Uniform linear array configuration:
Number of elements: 12
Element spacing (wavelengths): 0.25
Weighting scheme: blackman
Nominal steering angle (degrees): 0
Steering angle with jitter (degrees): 0.5802
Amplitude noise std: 0.05
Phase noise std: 0.05

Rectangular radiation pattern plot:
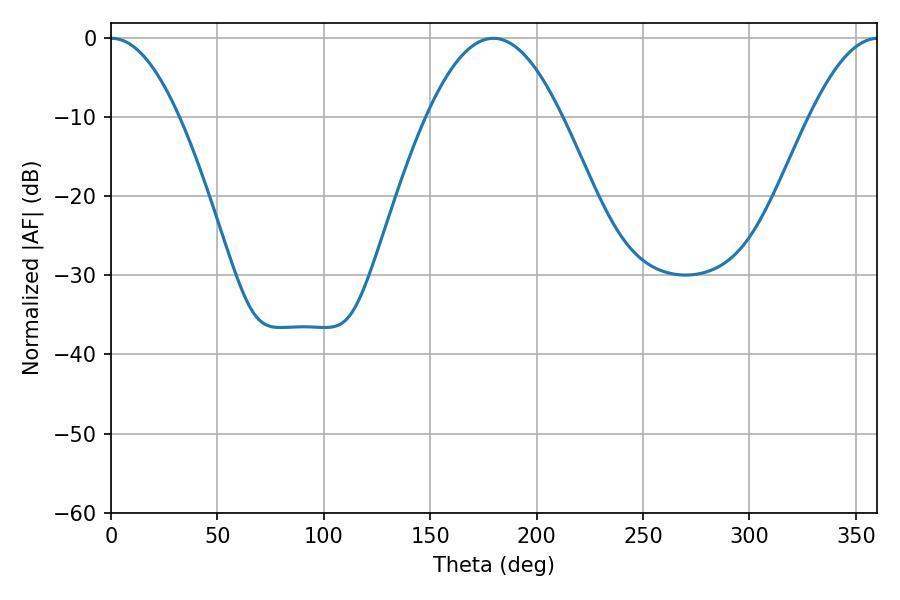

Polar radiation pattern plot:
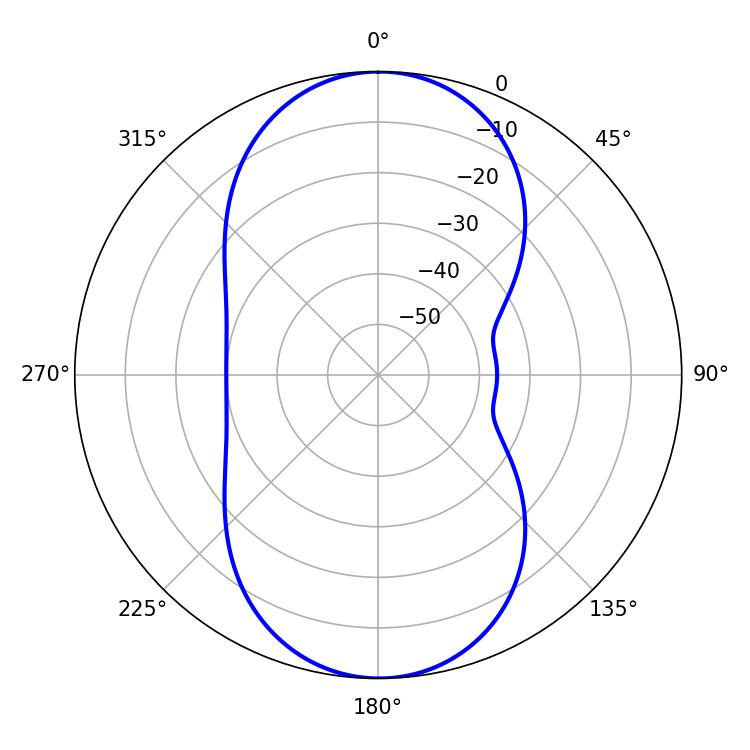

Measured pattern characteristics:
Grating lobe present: FALSE
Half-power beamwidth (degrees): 17.64
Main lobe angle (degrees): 0.36